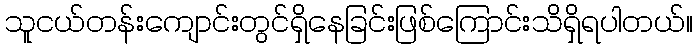
သူငယ်တန်းကျောင်းတွင်ရှိနေခြင်းဖြစ်ကြောင်းသိရှိရပါတယ်။